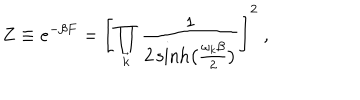
Z \equiv e ^ { - \beta F } = \Biggl [ \prod _ { \vec { k } } { \frac { 1 } { 2 \sinh \bigl ( { \frac { \omega _ { k } \beta } { 2 } } \bigr ) } } \Biggr ] ^ { 2 } \ ,